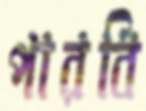
পারবি